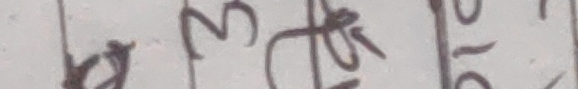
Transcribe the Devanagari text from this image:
३ १०